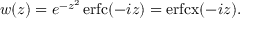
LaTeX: w ( z ) = e ^ { - z ^ { 2 } } \operatorname { e r f c } ( - i z ) = \operatorname { e r f c x } ( - i z ) .